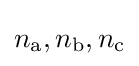
n_{\text{a}},n_{\text{b}},n_{\text{c}}